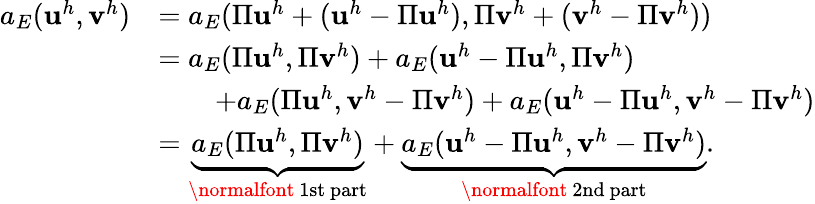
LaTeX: \begin{array}{rl}{a_{E}(\mathbf{u}^{h},\mathbf{v}^{h})}&{=a_{E}(\Pi\mathbf{u}^{h}+(\mathbf{u}^{h}-\Pi\mathbf{u}^{h}),\Pi\mathbf{v}^{h}+(\mathbf{v}^{h}-\Pi\mathbf{v}^{h}))}\\ &{=a_{E}(\Pi\mathbf{u}^{h},\Pi\mathbf{v}^{h})+a_{E}(\mathbf{u}^{h}-\Pi\mathbf{u}^{h},\Pi\mathbf{v}^{h})}\\ &{\quad\quad+a_{E}(\Pi\mathbf{u}^{h},\mathbf{v}^{h}-\Pi\mathbf{v}^{h})+a_{E}(\mathbf{u}^{h}-\Pi\mathbf{u}^{h},\mathbf{v}^{h}-\Pi\mathbf{v}^{h})}\\ &{=\underbrace{a_{E}(\Pi\mathbf{u}^{h},\Pi\mathbf{v}^{h})}_{\mathrm{\normalfont~1st~part}}+\underbrace{a_{E}(\mathbf{u}^{h}-\Pi\mathbf{u}^{h},\mathbf{v}^{h}-\Pi\mathbf{v}^{h})}_{\mathrm{\normalfont~2nd~part}}.}\end{array}